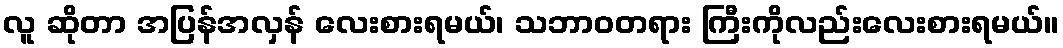
လူ ဆိုတာ အပြန်အလှန် လေးစားရမယ်၊ သဘာဝတရား ကြီးကိုလည်းလေးစားရမယ်။